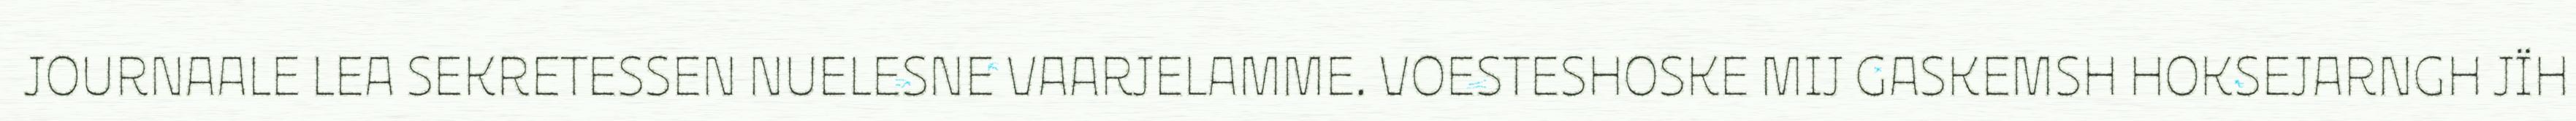
JOURNAALE LEA SEKRETESSEN NUELESNE VAARJELAMME. VOESTESHOSKE MIJ GASKEMSH HOKSEJARNGH JÏH